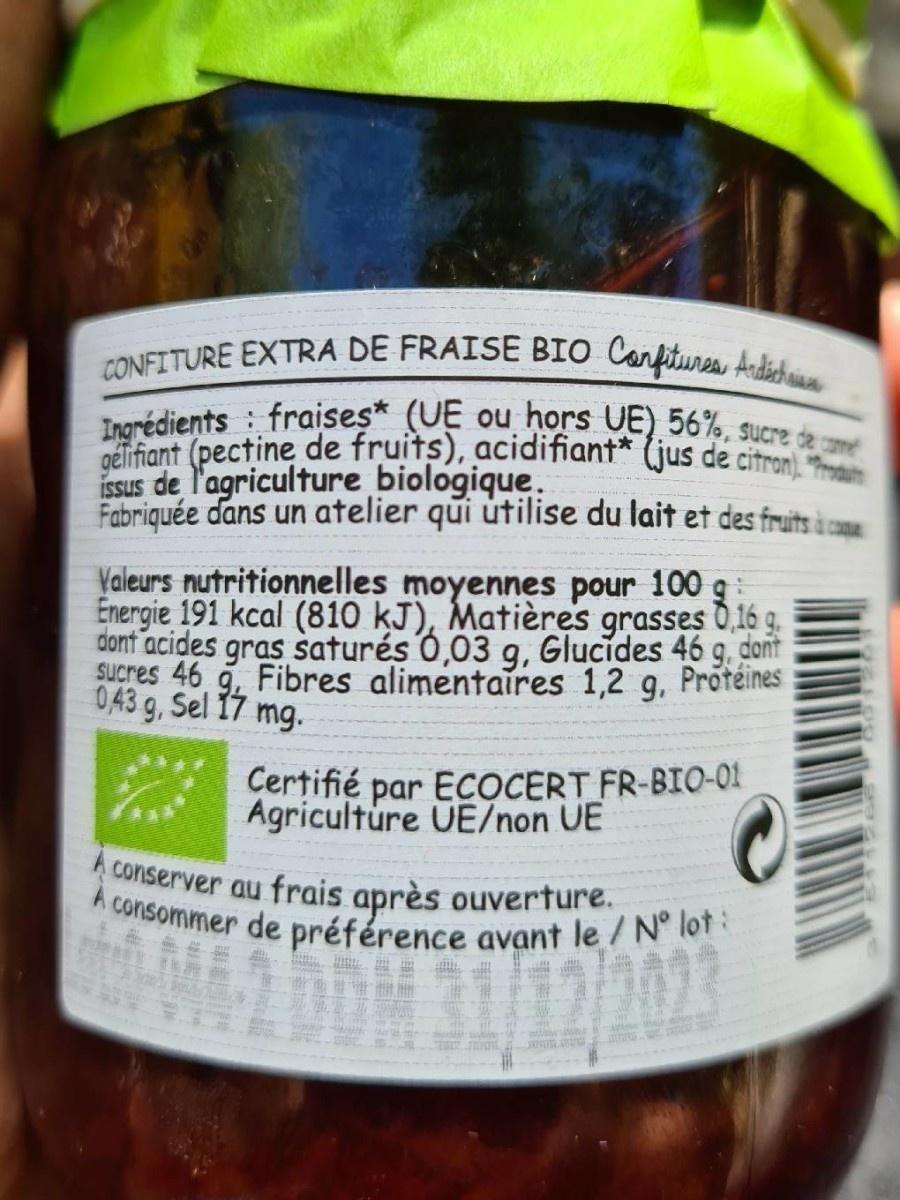
CONFITURE EXTRA DE FRAISE BIO Carfitures Andichaise
Ingrédients : fraises* (UE ou hors UE) 56%, sucree de e gélifiant (pectine de fruits), acidifiant* (jus de citron). "hroaum
issus de l'agriculture biologique. Fabriquée dans un atelier qui útilise du lait et des fruits à cone
Valeurs nutritionnelles moyennes pour 100 g Energie 191 kcal (810 kJ), Matières grasses 0,16 g. dont acides gras saturés 0,03 g, Glucides 46 g, dant Sucres 46 g, Fibres alimentaires 1,2 g, Protéines 0,43 g, Sel 17 mg.
Certifié par ECOCERT FR-BIO-01 Agriculture UE/non UE
Conserver au frais après ouverture.
A consommer de préférence avant le /N° lot:
03